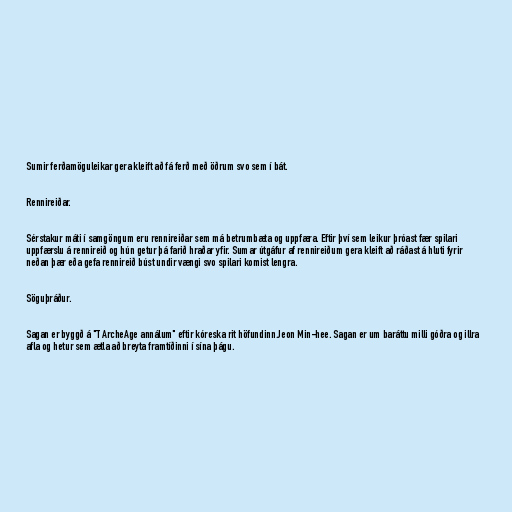
Sumir ferðamöguleikar gera kleift að fá ferð með öðrum svo sem í bát.

Rennireiðar.

Sérstakur máti í samgöngum eru rennireiðar sem má betrumbæta og uppfæra. Eftir því sem leikur þróast fær spilari
uppfærslu á rennireið og hún getur þá farið hraðar yfir. Sumar útgáfur af rennireiðum gera kleift að ráðast á hluti fyrir
neðan þær eða gefa rennireið búst undir vængi svo spilari komist lengra.

Söguþráður.

Sagan er byggð á "T ArcheAge annálum" eftir kóreska rit höfundinn Jeon Min-hee. Sagan er um baráttu milli góðra og illra
afla og hetur sem ætla að breyta framtíðinni í sína þágu.